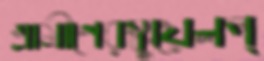
গ্রামীণেরস্কুয়েলপ্